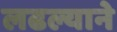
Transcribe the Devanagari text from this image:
लढल्याने